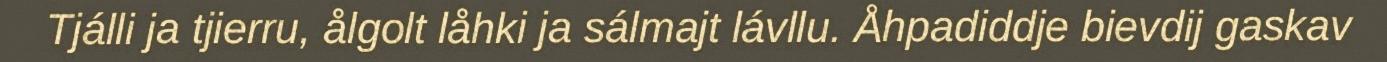
Tjálli ja tjierru, ålgolt låhki ja sálmajt lávllu. Åhpadiddje bievdij gaskav